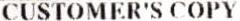
CUSTOMER'S COPY